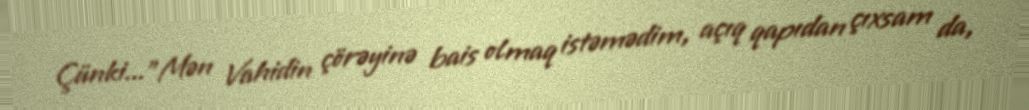
Çünki..."Mən Vahidin çörəyinə bais olmaq istəmədim, açıq qapıdan çıxsam da,